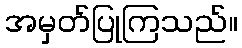
အမှတ်ပြုကြသည်။